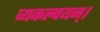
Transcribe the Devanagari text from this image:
व्यकल्पयन्।